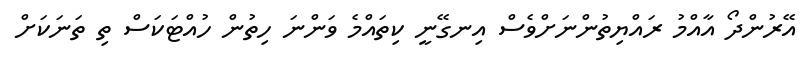
އޭރުންދޯ އާއްމު ރައްޔިތުންނަށްވެސް އިނގޭނީ ކިތައްމެ ވަންނަ ހިތުން ހުއްޓަކަސް ތި ތަނަކަށް